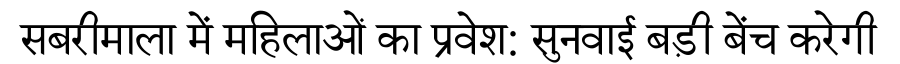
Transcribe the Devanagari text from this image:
सबरीमाला में महिलाओं का प्रवेश: सुनवाई बड़ी बेंच करेगी